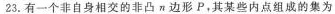
23. 有一个非自身相交的非凸n边形P，其某些内点组成的集为